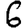
Digit: 6